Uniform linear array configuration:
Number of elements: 4
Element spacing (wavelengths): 0.5
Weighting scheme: kaiser
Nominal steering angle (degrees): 30
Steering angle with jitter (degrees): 28.255
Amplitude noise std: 0.05
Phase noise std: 0.05

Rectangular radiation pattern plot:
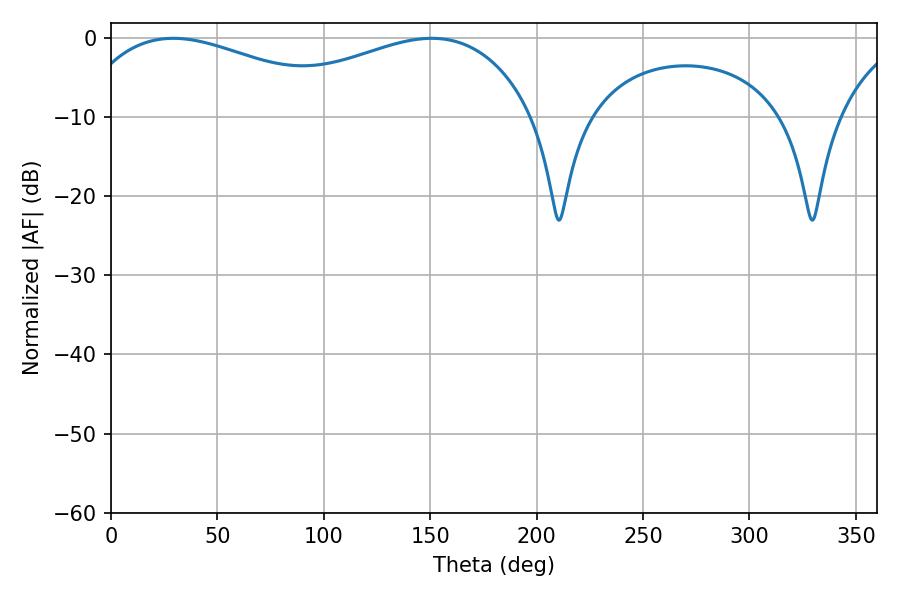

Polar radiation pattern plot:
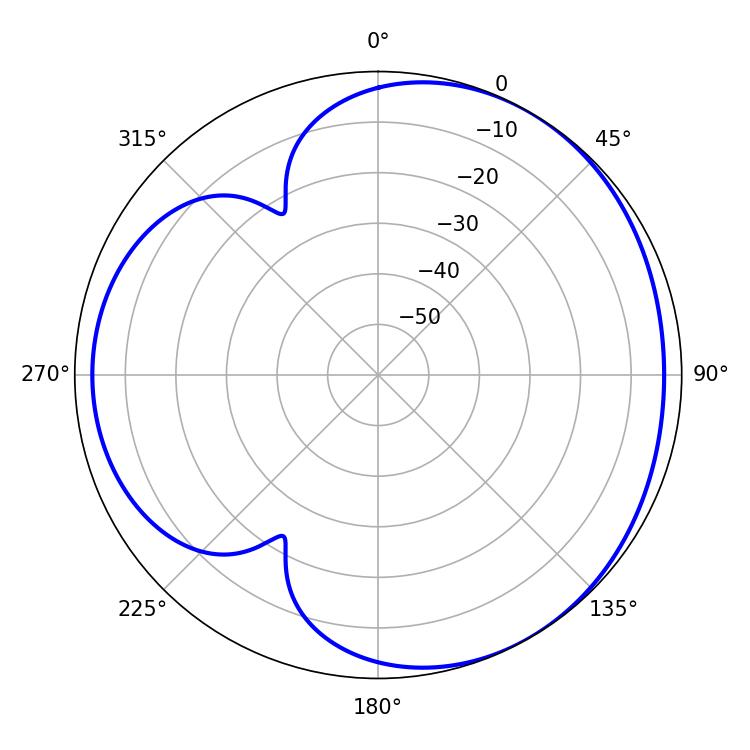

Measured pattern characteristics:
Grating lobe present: FALSE
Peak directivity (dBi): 3.54
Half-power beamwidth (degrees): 74.34
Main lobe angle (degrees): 29.34